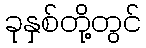
ခုနှစ်တို့တွင်